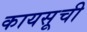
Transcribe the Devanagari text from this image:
कायसूची